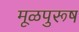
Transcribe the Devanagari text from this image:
मूळपुरूष